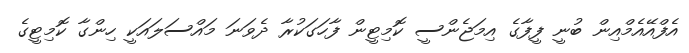
އެފްއޭއެމްއިން ބުނީ ފީފާގެ އިމަޖެންސީ ކޮމިޓީން ފާހަގަކުރާ ދެވަނަ މައްސަލައަކީ ހިންގާ ކޮމިޓީގެ